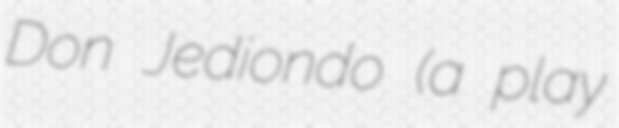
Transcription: Don Jediondo (a play